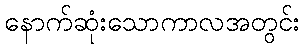
နောက်ဆုံးသောကာလအတွင်း